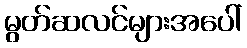
မွတ်ဆလင်များအပေါ်